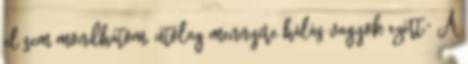
el sem mondhatom, utólag mennyire hálás vagyok ezért." A